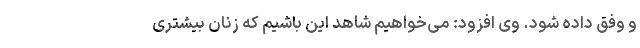
و وفق داده شود. وی افزود: می‌خواهیم شاهد این باشیم که زنان بیشتری